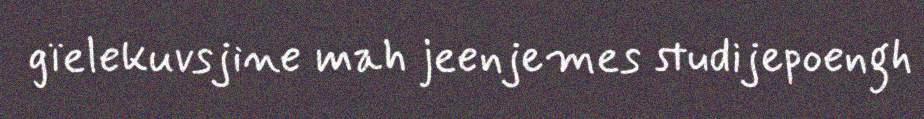
gïelekuvsjine mah jeenjemes studijepoengh